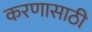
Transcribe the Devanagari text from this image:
करणासाठी